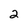
Character: 2